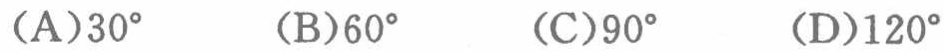
(A)$30^{\circ}$  (B)$60^{\circ}$  (C)$90^{\circ}$  (D)$120^{\circ}$